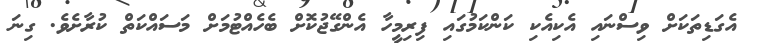
އެގަޑިތަކަށް ވިސްނައި އެކިއެކި ކަންކަމުގައި ފިރިމީހާ އެންގޭޖުކޮށް ބެހެއްޓުމަށް މަސައްކަތް ކުރާށެވެ. ގިނަ